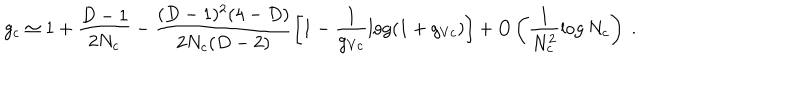
LaTeX: g _ { c } \simeq 1 + \frac { D - 1 } { 2 N _ { c } } - \frac { ( D - 1 ) ^ { 2 } ( 4 - D ) } { 2 N _ { c } ( D - 2 ) } \left[ 1 - \frac { 1 } { g _ { V c } } \log ( 1 + g _ { V c } ) \right] + O \left( \frac { 1 } { N _ { c } ^ { 2 } } \log N _ { c } \right) \ .